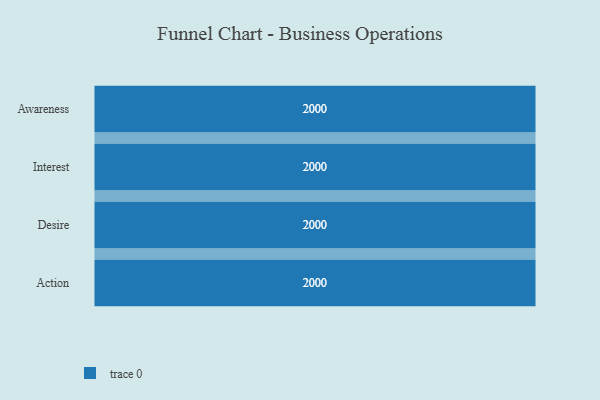
{"axis": {"x": "Stage", "y": "Value"}, "legend": [""], "data": [{"x": "Awareness", "y": 2000, "type": ""}, {"x": "Interest", "y": 2000, "type": ""}, {"x": "Desire", "y": 2000, "type": ""}, {"x": "Action", "y": 2000, "type": ""}]}